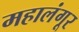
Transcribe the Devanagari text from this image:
महालंगूर